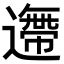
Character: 𨗼